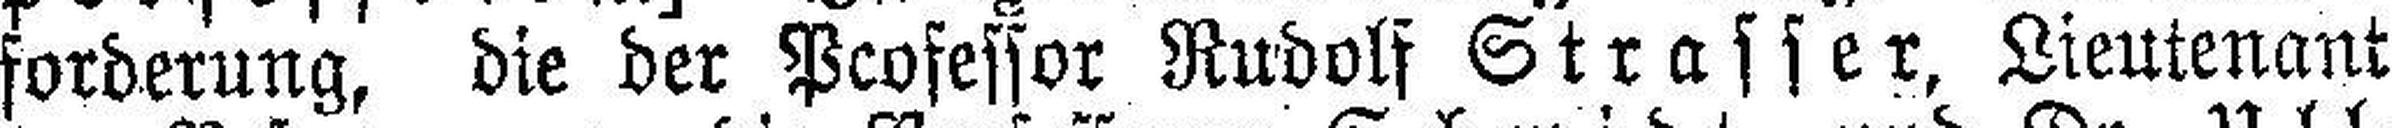
forderung, die der Pcofessor Rudolf Strasser, Lieutenant